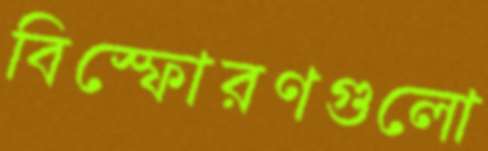
বিস্ফোরণগুলো